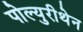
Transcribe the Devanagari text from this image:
पोल्युरीथेन